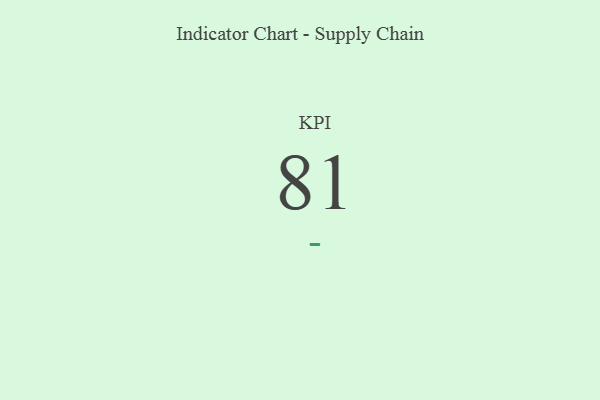
{"axis": {"x": "KPI", "y": "Value"}, "legend": [""], "data": [{"x": "KPI", "y": 81, "type": ""}]}